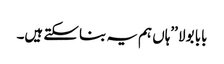
بابا بولا ’’ہاں ہم یہ بنا سکتے ہیں۔